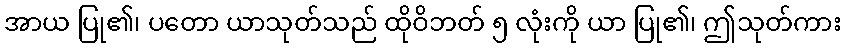
အာယ ပြု၏၊ ပတော ယာသုတ်သည် ထိုဝိဘတ် ၅ လုံးကို ယာ ပြု၏၊ ဤသုတ်ကား